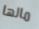
مالها